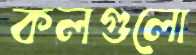
কলগুলো